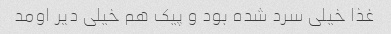
غذا خیلی سرد شده بود و پیک هم خیلی دیر اومد